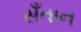
સઁતાન